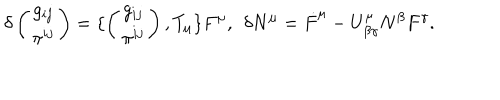
\delta \left( \begin{matrix} { { g _ { i j } } } \\ { { \pi ^ { i j } } } \\ \end{matrix} \right) = \{ \left( \begin{matrix} { { g _ { i j } } } \\ { { \pi ^ { i j } } } \\ \end{matrix} \right) , T _ { \mu } \} F ^ { \mu } , \: \: \delta N ^ { \mu } = \dot { F } ^ { \mu } - U _ { \beta \gamma } ^ { \mu } N ^ { \beta } F ^ { \gamma } .